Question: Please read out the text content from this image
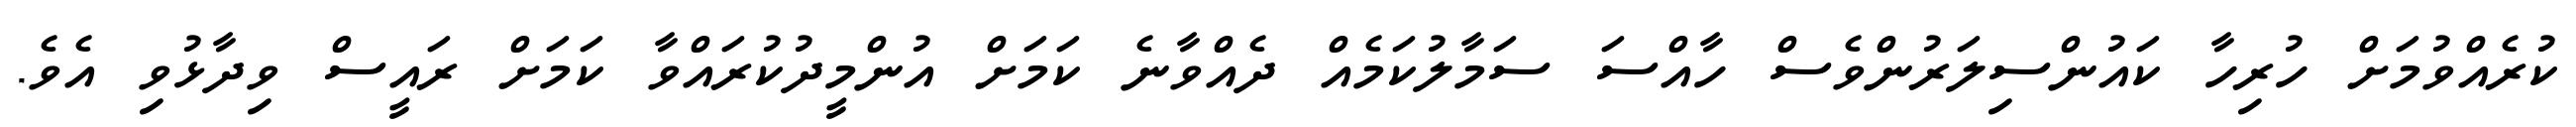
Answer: ކުރެއްވުމަށް ހުރިހާ ކައުންސިލަރުންވެސް ހާއްސަ ސަމާލުކަމެއް ދެއްވާނެ ކަމަށް އުންމީދުކުރައްވާ ކަމަށް ރައީސް ވިދާޅުވި އެވެ.